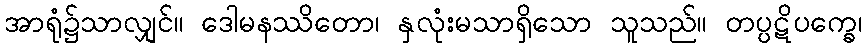
အာရုံ၌သာလျှင်။ ဒေါမနဿိတော၊ နှလုံးမသာရှိသော သူသည်။ တပ္ပဋိပက္ခေ၊